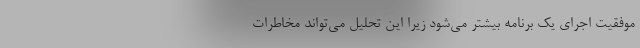
موفقیت اجرای یک برنامه بیشتر می‌شود زیرا این تحلیل می‌تواند مخاطرات